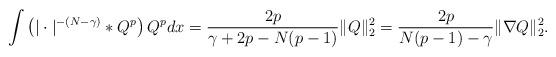
LaTeX: \begin{align*}\int \left( |\cdot|^{-(N-\gamma)} * Q^p \right) Q^p dx = \frac{2p}{\gamma+2p -N(p-1)} \| Q\|_2^2= \frac{2p}{N(p-1)-\gamma} \| \nabla Q \|_2^2.\end{align*}